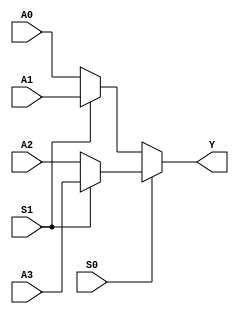
/*
	4 to 1 multiplexer using dataflow
	using conditional operatopr. conditional operator always create 2 to 1 mux
	output = conditional exp ? true_exp : false_exp ;
	
	S0  S1  Y
	0   0	A0
	0	1	A1
	1	0	A2
	1	0	A3
	
	*/
	
module mux4x1_dataflow (A0,A1,A2,A3,S0,S1,Y);

parameter width = 4;

output [width-1:0] Y;
input [width-1:0] A0;	//Inputline with 2'b00
input [width-1:0] A1;	//Inputline with 2'b01
input [width-1:0] A2;	//Inputline with 2'b10
input [width-1:0] A3;	//Inputline with 2'b11
input 			  S0;	//select line MSB
input 			  S1;	//select line LSB

 assign Y = (S0 == 0 ? (S1 == 0 ? A0 : A1 ) : (S1 == 0 ? A2 : A3)); //dataflow

/*
always @(*) begin
	assign Y = (S0 == 0 ? (S1 == 0 ? A0 : A1 ) : (S1 == 0 ? A2 : A3)); //dataflow
end
*/
endmodule